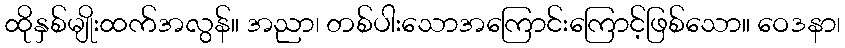
ထိုနှစ်မျိုးထက်အလွန်။ အညာ၊ တစ်ပါးသောအကြောင်းကြောင့်ဖြစ်သော။ ဝေဒနာ၊